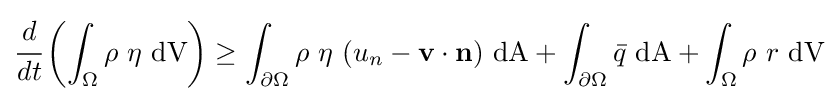
{\cfrac {d}{dt}}\left(\int _{\Omega }\rho ~\eta ~{\text{dV}}\right)\geq \int _{\partial \Omega }\rho ~\eta ~(u_{n}-\mathbf {v} \cdot \mathbf {n} )~{\text{dA}}+\int _{\partial \Omega }{\bar {q}}~{\text{dA}}+\int _{\Omega }\rho ~r~{\text{dV}}